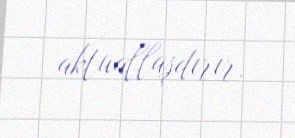
aktuallaşdırır.